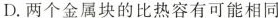
D.两个金属块的比热容有可能相同